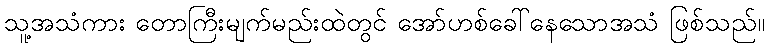
သူ့အသံကား တောကြီးမျက်မည်းထဲတွင် အော်ဟစ်ခေါ်နေသောအသံ ဖြစ်သည်။